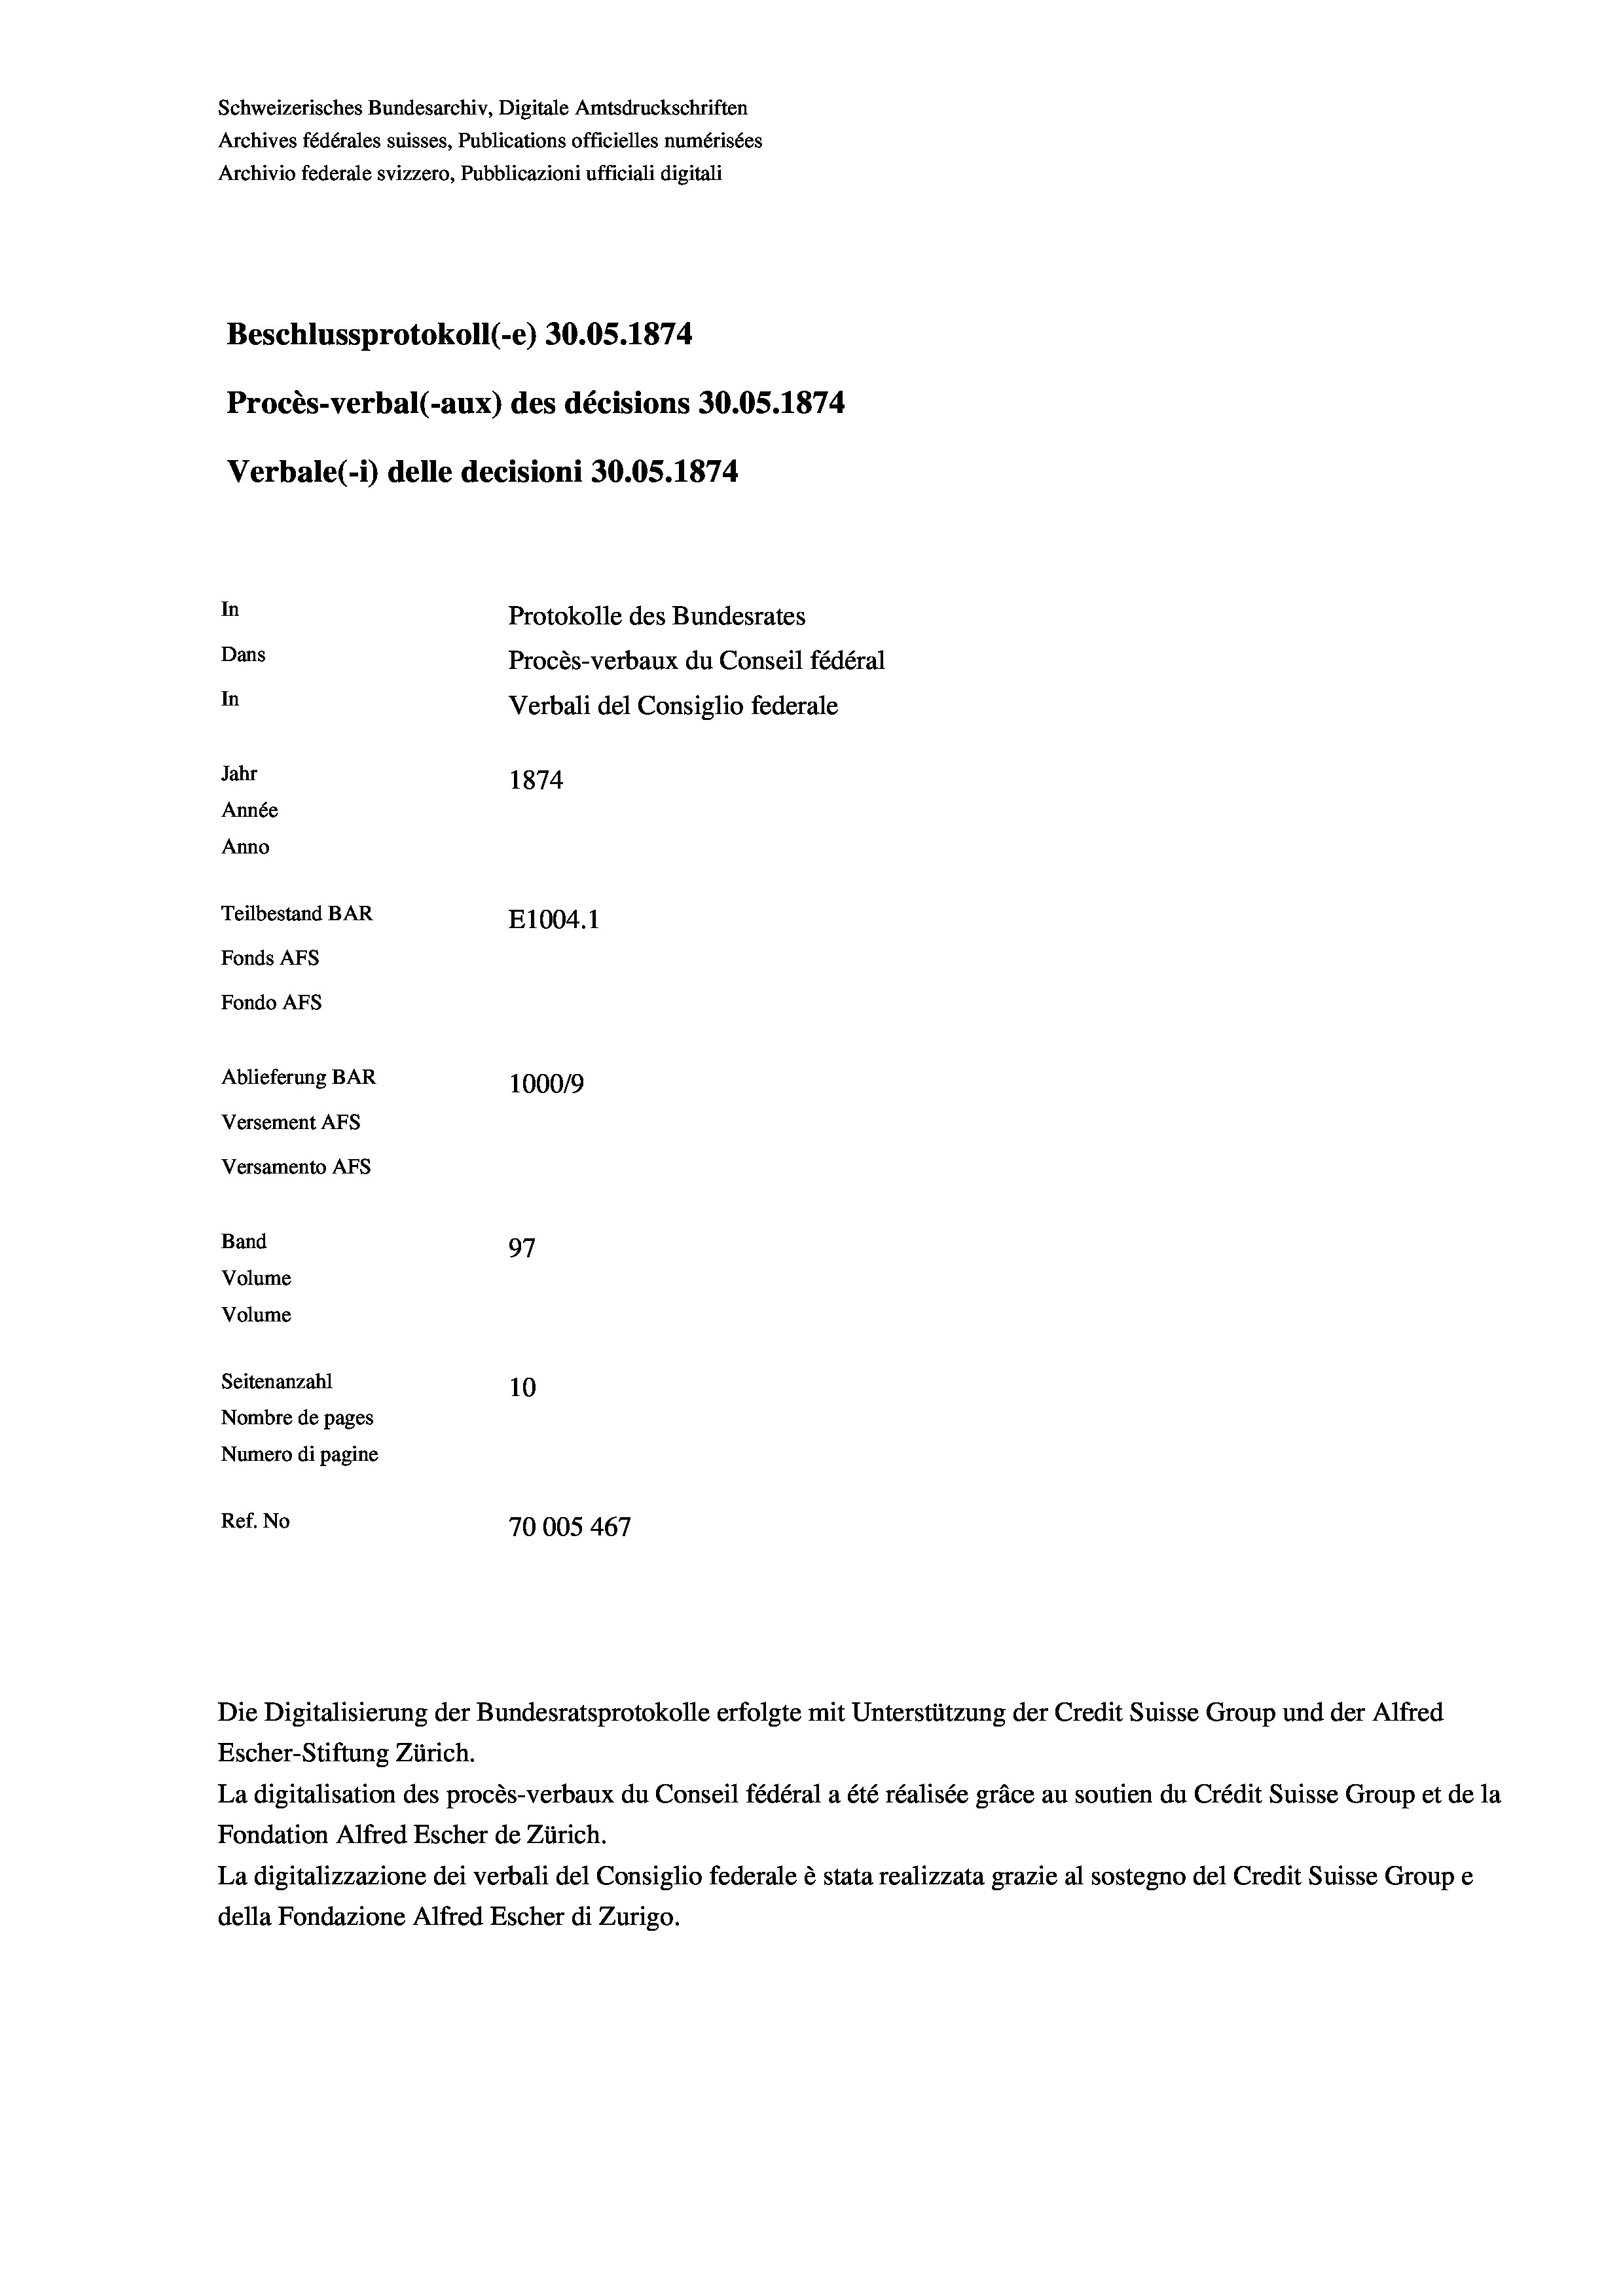
Schweizerisches Bundesarchiv, Digitale Amtsdruckschriften
Archives fédérales suisses, Publications officielles numérisées
Archivio federale svizzero, Pubblicazioni ufficiali digitali
Beschlussprotokoll (-e) 30.05. 1874
Procès-verbal (-aux) des décisions 30.05. 1874
Verbale(-*) delle decisioni 30.05. 1874

Versamento AFs
Band
Volume
Volume

In
Dans
In
Jahr
1874
Année
Anno
Teilbestand BAR
E1004. 1
Fonds AFs
Fondo AFs
Ablieferung BAR
1000/9
Versement Abs

97
Seitenanzahl
10
Nombre de pages
Numero di pagine
Ref. No
70005 467

Protokolle des Bundesrates
Procès-verbaux du Conseil fédéral
Verbali del Consiglio federale

Die Digitalisierung der Bundesratsprotokolle erfolgte mit Unterstützung der Credit Suisse Group und der Alfred
Escher-Stiftung Zürich.
La digitalisation des procès-verbaux du Conseil fédéral a été réalisée gräce au soutien du Crédit Suisse Group et de la
Fondation Alfred Escher de Zürich.
La digitalizzazione dei verbali del Consiglio federale è stata realizzata grazie al sostegno del Credit Suisse Groupe
della Fondazione Alfred Escher di Zurigo.